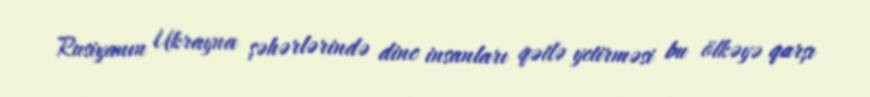
Rusiyanın Ukrayna şəhərlərində dinc insanları qətlə yetirməsi bu ölkəyə qarşı